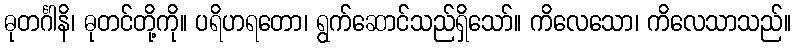
ဓုတင်္ဂါနိ၊ ဓုတင်တို့ကို။ ပရိဟရတော၊ ရွက်ဆောင်သည်ရှိသော်။ ကိလေသော၊ ကိလေသာသည်။